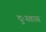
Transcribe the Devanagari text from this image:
दुःस्वास